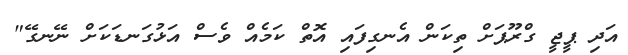
އަދި ޕީޖީ ގްރޫޕަށް ތިކަން އެނގިފައި އޮތް ކަމެއް ވެސް އަޅުގަނޑަކަށް ނޭނގޭ"